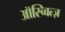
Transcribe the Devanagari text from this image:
ऑस्च्वित्ज़